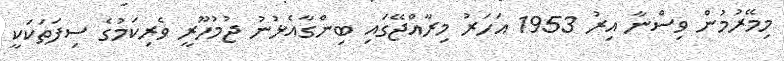
މިމޭރުމުން ވިސްނާ އިރު 1953 އަހަރު މިރާއްޖޭގައި ބިންގާއެޅުނު ޖުމުހޫރީ ވެރިކަމުގެ ސިފަތަކަކީ